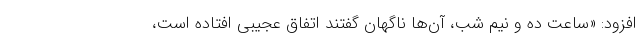
افزود: «ساعت ده و نیم شب، آن‌ها ناگهان گفتند اتفاق عجیبی افتاده است،